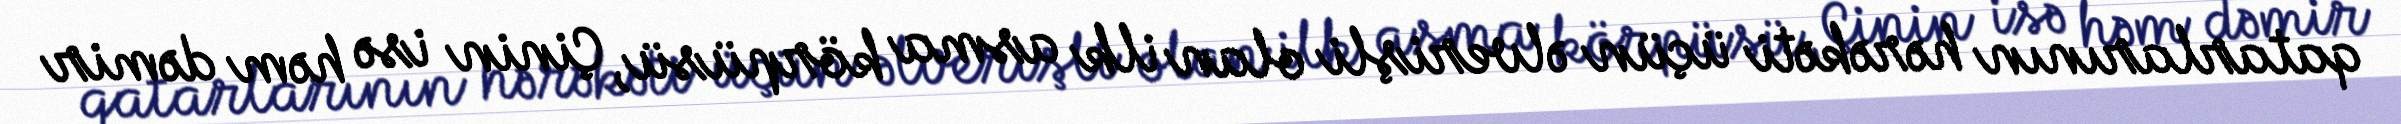
qatarlarının hərəkəti üçün əlverişli olan ilk asma körpüsü, Çinin isə həm dəmir